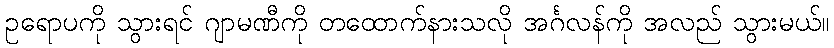
ဥရောပကို သွားရင် ဂျာမဏီကို တထောက်နားသလို အင်္ဂလန်ကို အလည် သွားမယ်။